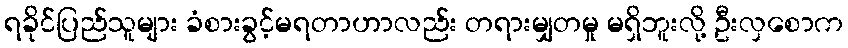
ရခိုင်ပြည်သူများ ခံစားခွင့်မရတာဟာလည်း တရားမျှတမှု မရှိဘူးလို့ ဦးလှစောက